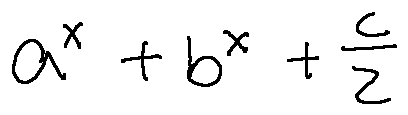
a ^ { x } + b ^ { x } + \frac { c } { 2 }